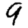
Digit: 9